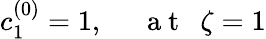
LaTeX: c_{1}^{(0)}=1,~~~~~\mathrm{~a~t~}~~\zeta=1